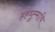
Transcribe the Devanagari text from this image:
हह्धुम्माथि